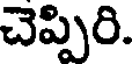
చెప్పిరి.